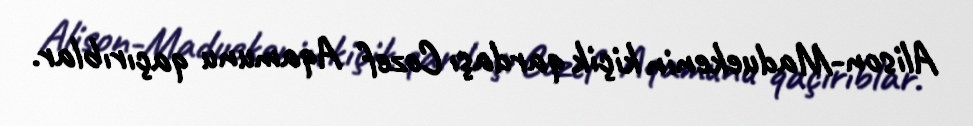
Alison-Maduekenin kiçik qardaşı Cozef Aqamunu qaçırıblar.